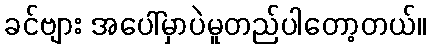
ခင်ဗျား အပေါ်မှာပဲမူတည်ပါတော့တယ်။